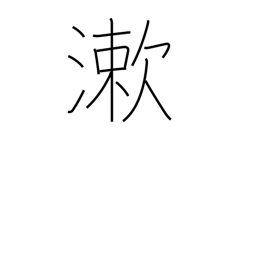
Meaning: rinse mouth